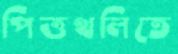
পিত্তথলিতে